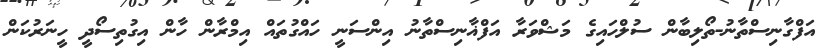
އަފްގާނިސްތާނު-ތޯލިބާން ސުލްހައިގެ މަޝްވަރާ އަފްޣާނިސްތާނު އިންސަނީ ހައްގުތައް އިމްރާން ހާން އިގުތިސޯދީ ހީނަރުކަން